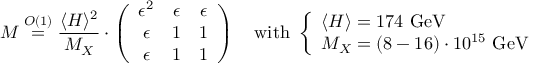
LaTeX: { \cal M } \stackrel { { \cal O } ( 1 ) } { = } \frac { \langle H \rangle ^ { 2 } } { M _ { X } } \cdot \left( \begin{array} { c c c } { { \epsilon ^ { 2 } } } & { { \epsilon } } & { { \epsilon } } \\ { { \epsilon } } & { { 1 } } & { { 1 } } \\ { { \epsilon } } & { { 1 } } & { { 1 } } \end{array} \right) \ \ \ \mathrm { w i t h ~ } \left\{ \begin{array} { l } { { \langle H \rangle = 1 7 4 \mathrm { ~ G e V } } } \\ { { M _ { X } = ( 8 - 1 6 ) \cdot 1 0 ^ { 1 5 } \mathrm { ~ G e V } } } \end{array} \right.